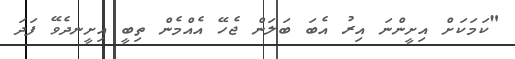
"ކަމަކަށް އިށީންނަ އިރު އެބަ ބަލަން ޖެހޭ އެއްމެން ތިބީ އިށީނދެވޭ ފަދަ